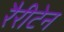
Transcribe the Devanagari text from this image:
रैरीटेन